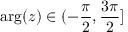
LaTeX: \arg ( z ) \in ( - \frac { \pi } { 2 } , \frac { 3 \pi } { 2 } ] \protect